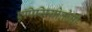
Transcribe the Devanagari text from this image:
एपिसियोतोमी